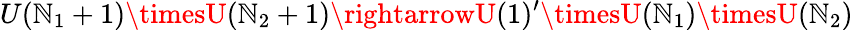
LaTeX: U(\mathbb{N}_{1}+1)\timesU(\mathbb{N}_{2}+1)\rightarrowU(1)^{\prime}\timesU(\mathbb{N}_{1})\timesU(\mathbb{N}_{2})